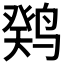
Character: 𫛼